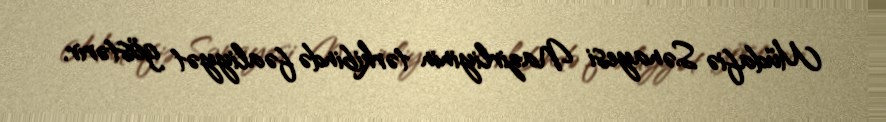
Müdafiə Sənayesi Nazirliyinin tərkibində fəaliyyət göstərir.